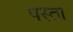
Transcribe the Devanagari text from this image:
पस्ता